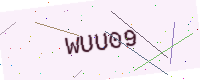
Text: WUU09